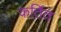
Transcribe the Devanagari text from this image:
कर्तित